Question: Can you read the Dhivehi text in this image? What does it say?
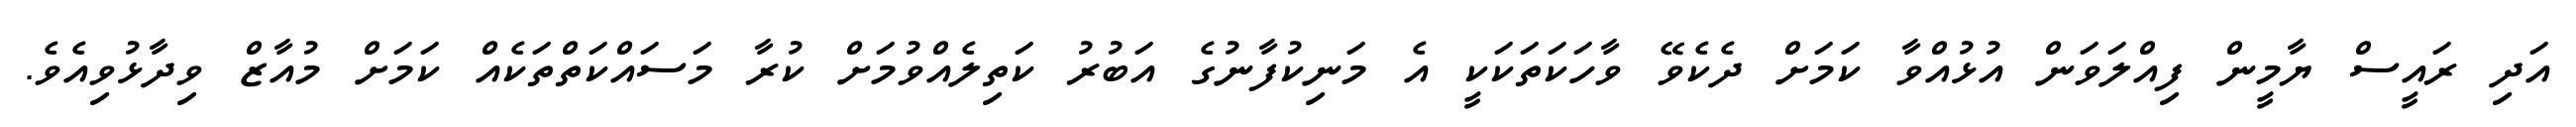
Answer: އަދި ރައީސް ޔާމީން ފިއްލަވަން އުޅުއްވާ ކަމަށް ދެކެވޭ ވާހަކަތަކަކީ އެ މަނިކުފާނުގެ އަބުރު ކަތިލެއްވުމަށް ކުރާ މަސައްކަތްތަކެއް ކަމަށް މުއާޒް ވިދާޅުވިއެވެ.